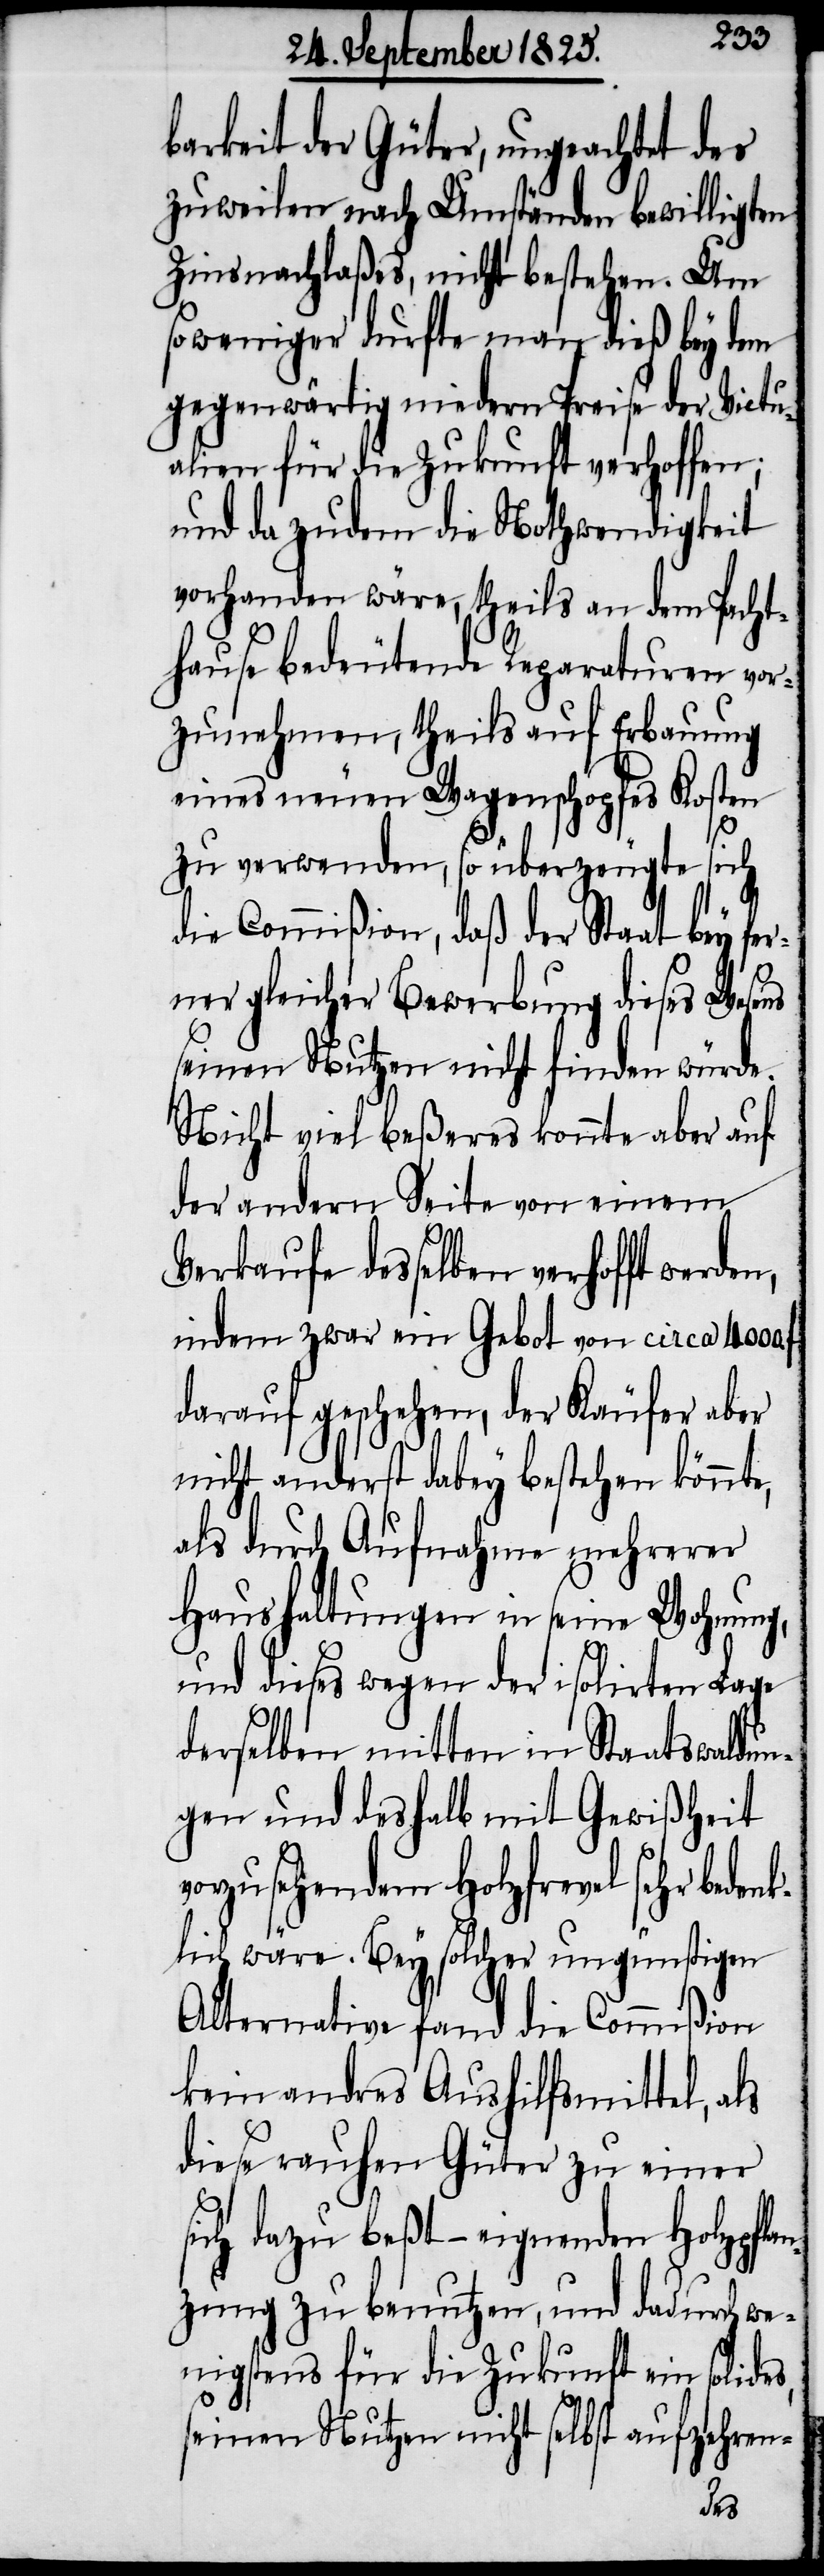
barkeit der Güter, ungeachtet des
zuweilen nach Umständen bewilligten
Zinsnachlaßes, nicht bestehen. Um
so weniger durfte man dieß bey dem
gegenwärtig niedern Preise der Victu¬
alien für die Zukunft verholfen;
und da zudem die Nothwendigkeit
vorhanden wäre, theils an dem Pacht¬
hause bedeutende Reparaturen vor¬
zunehmen, theils auf Erbauung
eines neuen Wagenschopfes Kosten
zu verwenden, so überzeugte sich
die Commißion, daß der Staat bey fer¬
ner gleicher Bewerbung dieses Wesens
seinen Nutzen nicht finden würde.
Nicht viel beßeres konnte aber auf
der andern Seite von einem
Verkaufe desselben verhofft werden,
indem zwar ein Gebot von circa 4000.
darauf geschehen, der Käufer aber
nicht anderst dabey bestehen könnte,
als durch Aufnahme mehrerer
Haushaltungen in seine Wohnung,
und dieses wegen der isolirten Lage
derselben mitten in Staatswaldu¬
ngen und deshalb mit Gewißheit
vorzusehendem Holzfrevel sehr beden¬
klich wäre. Bey solcher ungünstigen
Alternative fand die Commißion
kein andres Aushilfsmittel, als
diese rauhen Güter zu einer
sich dazu beßt – eignenden Holzpflan¬
zung zu benutzen, und dadurch we¬
nigstens für die Zukunft ein solides,
seinen Nutzen nicht selbst aufzehren-